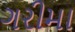
ગરીમા